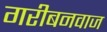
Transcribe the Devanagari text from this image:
गरीबनवाज